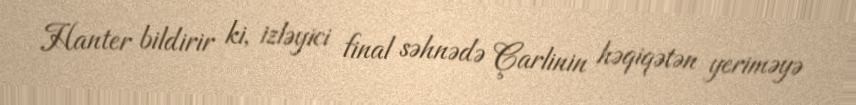
Hanter bildirir ki, izləyici final səhnədə Çarlinin həqiqətən yeriməyə